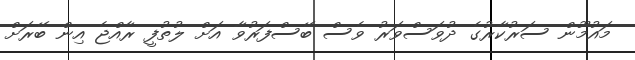
މައުމޫން ސަރުކާރުގެ ދުވަސްވަރު ވެސް ބޭސްފަރުވާ އަށް ލުތުފީ ރާއްޖެ އިން ބޭރަށް